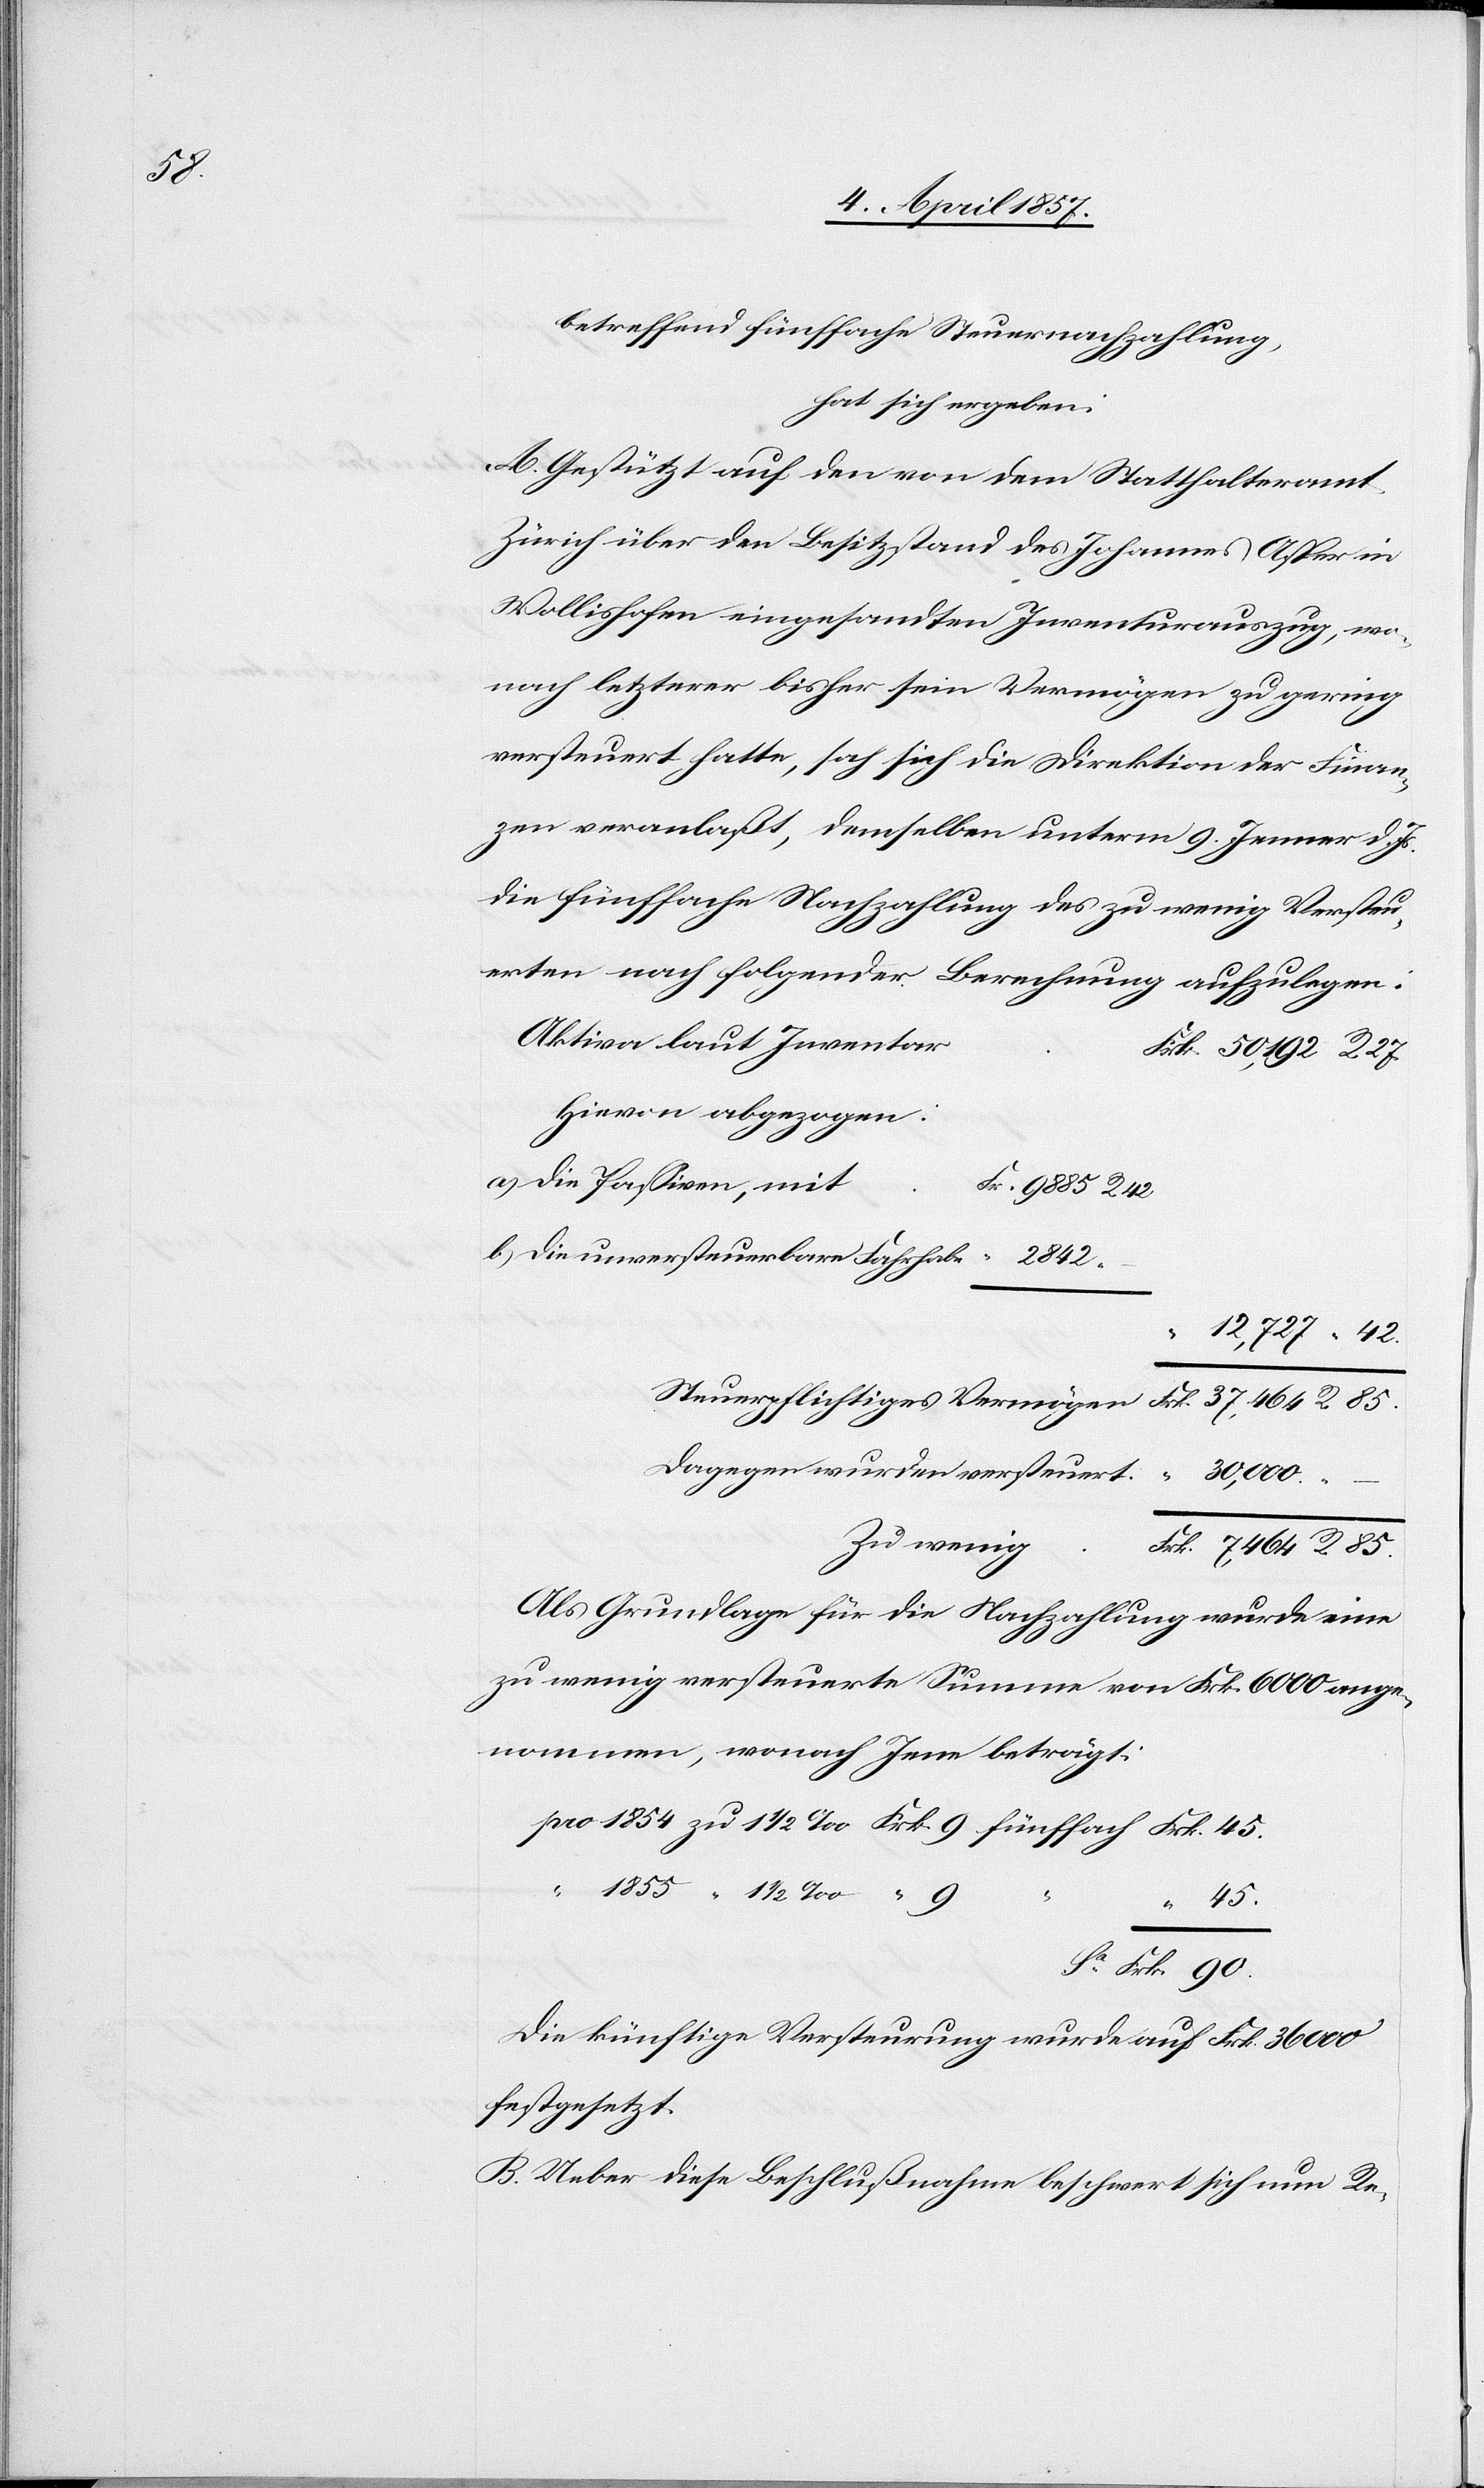
1855

betreffend fünffache Steuernachzahlung,
hat sich ergeben:
A. Gestützt auf den von dem Statthalteramt
Zürich über den Besitzstand des Johannes Asper in
Wollishofen eingesandten Inventurauszug, wo¬
nach letzterer bisher sein Vermögen zu gering
b)
versteuert hatte, sah sich die Direktion der Finan¬
zen veranlaßt, demselben unterm 9. Jenner d. Js.
die fünffache Nachzahlung des zu wenig Versteu¬
erten nach folgender Berechnung aufzulegen:
Aktiva laut Inventar
Hievon abgezogen:
a)
die Passiven, mit
die unversteuerbare Fahrhabe
12,727
Dagegen wurden versteuert:
Zu wenig
Frk.
Als Grundlage für die Nachzahlung wurde eine
zu wenig versteuerte Summe von Frk. 6000 ange¬
nommen, wonach Jene beträgt:
45.
Die künftige Versteurung wurde auf Frk. 36 000
festgesetzt.
B. Ueber diese Beschlußnahme beschwert sich nun Re-